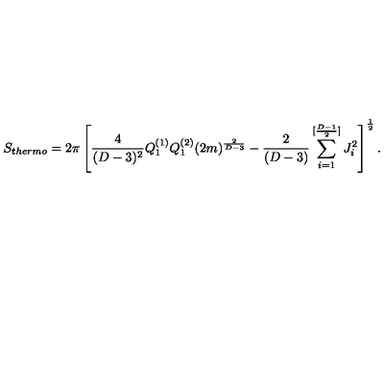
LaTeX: S _ { t h e r m o } = 2 \pi \left[ { \frac { 4 } { ( D - 3 ) ^ { 2 } } } Q _ { 1 } ^ { ( 1 ) } Q _ { 1 } ^ { ( 2 ) } ( 2 m ) ^ { \frac { 2 } { D - 3 } } - { \frac { 2 } { ( D - 3 ) } } \sum _ { i = 1 } ^ { [ { \frac { D - 1 } { 2 } } ] } J _ { i } ^ { 2 } \right] ^ { \frac { 1 } { 2 } } .